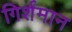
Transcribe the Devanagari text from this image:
गिर्शमान